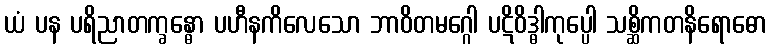
ယံ ပန ပရိညာတက္ခန္ဓော ပဟီနကိလေသော ဘာဝိတမဂ္ဂေါ ပဋိဝိဒ္ဓါကုပ္ပေါ သစ္ဆိကတနိရောဓော